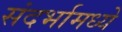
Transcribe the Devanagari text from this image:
संदर्भामध्ये